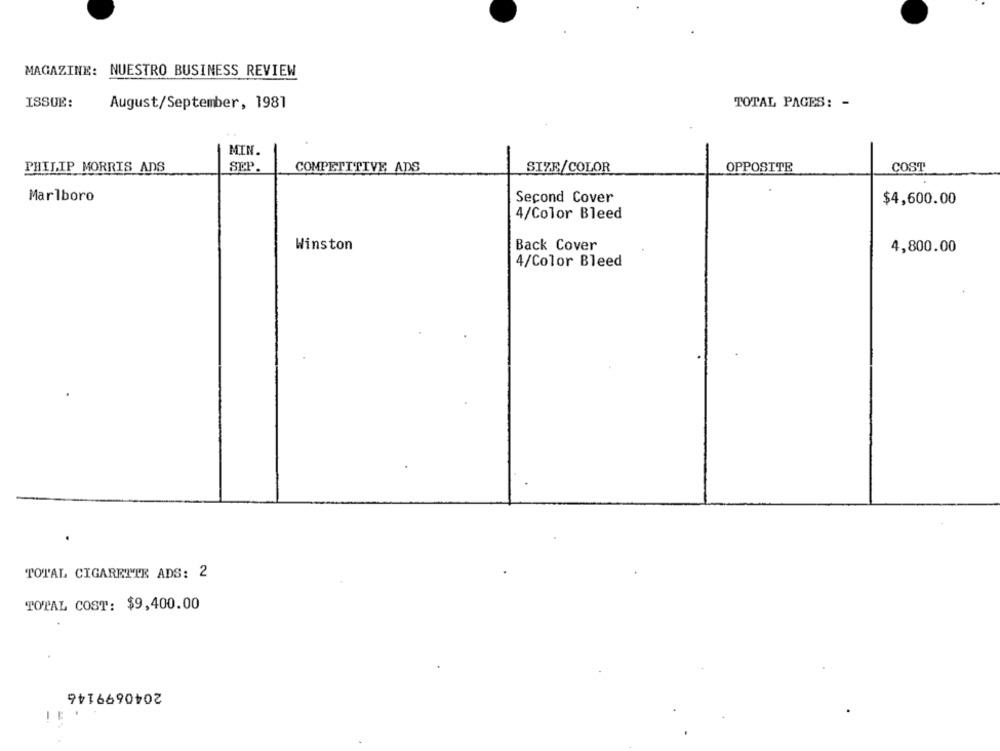
MAGAZINE: NUESTRO BUSINESS REVIEW
ISSUE:
August/September, 1981
TOTAL PAGES: -
MIN.
PHILIP MORRIS ANS
SEP.
COMPETITIVE ADS
SIZE/COLOR
OPPOSITE
COST
Marlboro
Second Cover
$4,600.00
4/Color Bleed
Winston
Back Cover
4,800.00
4/Color Bleed
TOTAL CIGARETTE ADS: 2
TOTAL COST: $9,400.00
2040699146
.